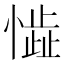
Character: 𱟈